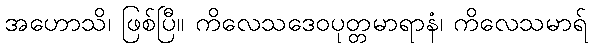
အဟောသိ၊ ဖြစ်ပြီ။ ကိလေသဒေဝပုတ္တမာရာနံ၊ ကိလေသမာရ်